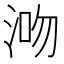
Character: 𣵓